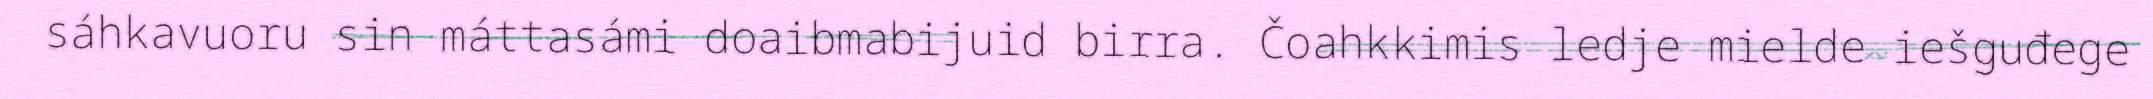
sáhkavuoru sin máttasámi doaibmabijuid birra. Čoahkkimis ledje mielde iešguđege